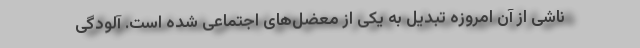
ناشی از آن امروزه تبدیل به یکی از معضل‌های اجتماعی شده است. آلودگی